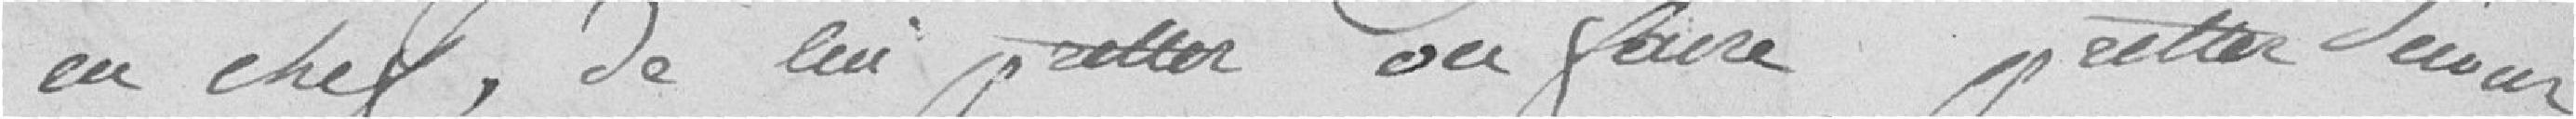
en chef, de lui prêter ou faire prêter secours